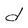
Character: d